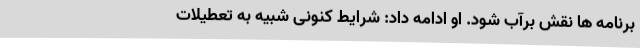
برنامه ها نقش برآب شود. او ادامه داد: شرایط کنونی شبیه به تعطیلات